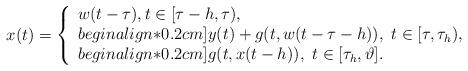
LaTeX: \begin{align*}x(t) =\left\{\begin{array}{ll}w(t-\tau), t \in [\tau-h, \tau),\\begin{align*}0.2cm]y(t) + g(t,w(t-\tau-h)),\ t \in [\tau, \tau_h),\\begin{align*}0.2cm]g(t,x(t-h)),\ t \in [\tau_h, \vartheta].\end{array} \right.\end{align*}